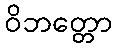
ဝိဘတ္တော